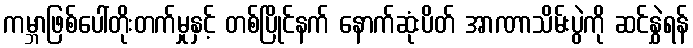
ကမ္ဘာဖြစ်ပေါ်တိုးတက်မှုနှင့် တစ်ပြိုင်နက် နောက်ဆုံးပိတ် အာဏာသိမ်းပွဲကို ဆင်နွှဲရန်